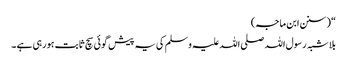
“ (سنن ابن ماجہ)
بلا شبہ رسول اللہ صلی اللہ علیہ وسلم کی یہ پیش گوئی سچ ثابت ہورہی ہے ۔